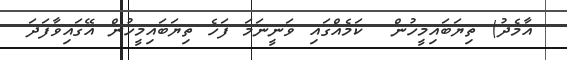
އާމެދު) ތިޔަބައިމީހުން  ކަމެއްގައި ވަނީނަމަ ފަހެ ތިޔަބައިމީހުން އޭގައިވާފަދަ